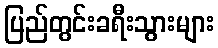
ပြည်တွင်းခရီးသွားများ